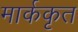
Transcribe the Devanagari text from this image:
मार्ककृत